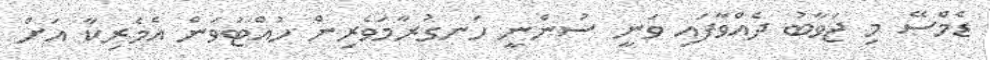
ޑެމްސޭ މި ޖަވާބު ދެއްވާފައި ވަނީ ސުންނީ ހަނގުރާމަވެރިން ހުއްޓުވަން އެމެރިކާ އަށް